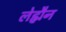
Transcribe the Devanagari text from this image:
लेह्मैन